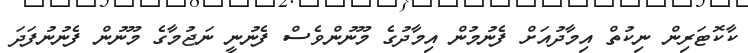
ކާކޮޓަރިން ނިކުތް އިމާދުއަށް ފެނުމުން އިމާދުގެ މޫނުންވެސް ފެނުނީ ނަޖުމާގެ މޫނުން ފެނުނުފަދަ